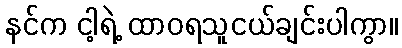
နင်က ငါ့ရဲ့ ထာဝရသူငယ်ချင်းပါကွာ။